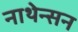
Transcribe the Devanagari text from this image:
नाथेन्सन